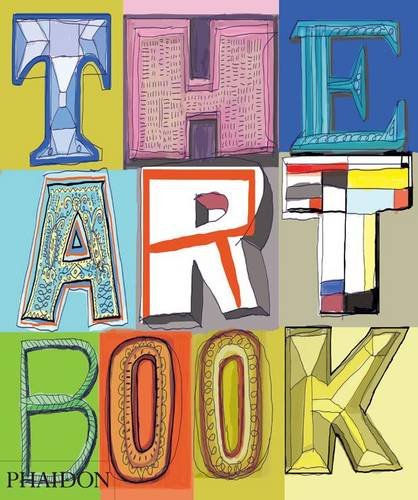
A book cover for The Art Book: New Edition; Editors of Phaidon; Reference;